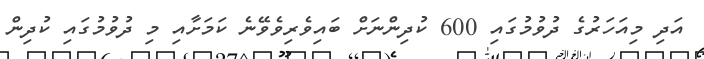
އަދި މިއަހަރުގެ ދުވުމުގައި 600 ކުދިންނަށް ބައިވެރިވެވޭނެ ކަމަށާއި މި ދުވުމުގައި ކުދިން